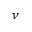
\nu